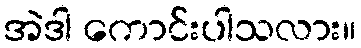
အဲဒါ ကောင်းပါသလား။